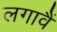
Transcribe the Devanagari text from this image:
लगावैं